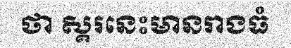
ថា ស្គរនេះមានរាងធំ